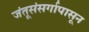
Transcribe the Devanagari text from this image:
जंतूसंसर्गापासून